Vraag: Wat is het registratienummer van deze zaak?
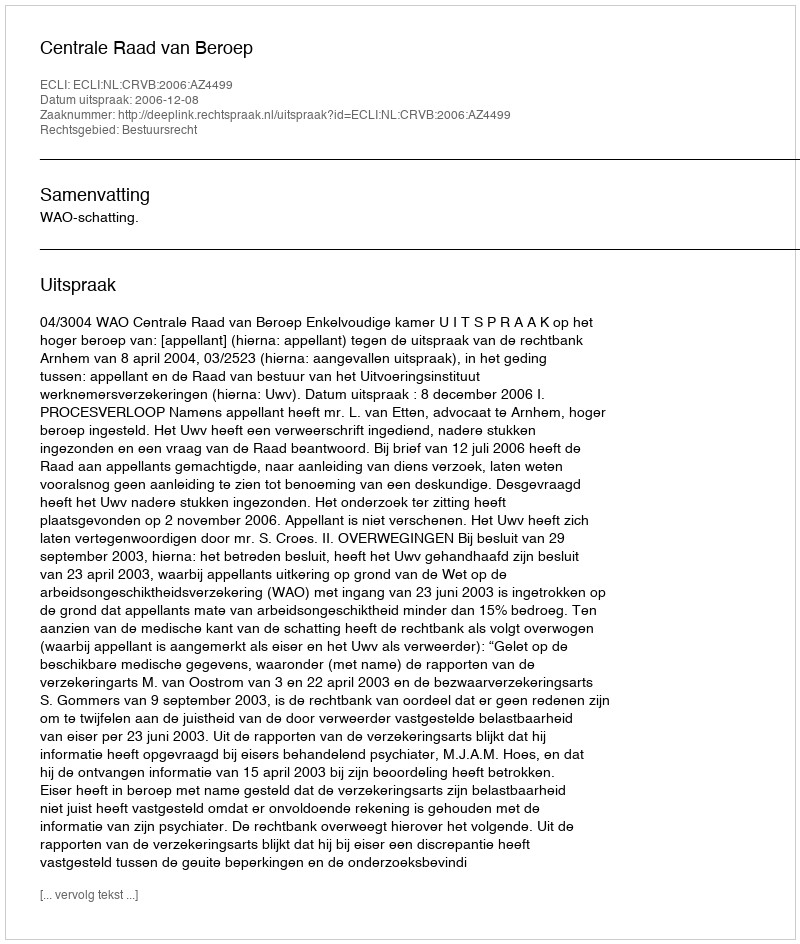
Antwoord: http://deeplink.rechtspraak.nl/uitspraak?id=ECLI:NL:CRVB:2006:AZ4499